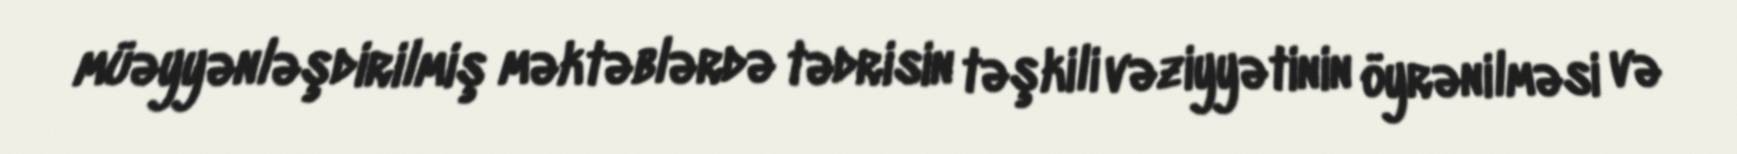
müəyyənləşdirilmiş məktəblərdə tədrisin təşkili vəziyyətinin öyrənilməsi və